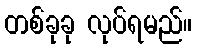
တစ်ခုခု လုပ်ရမည်။